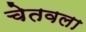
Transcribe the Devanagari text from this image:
चेतवला